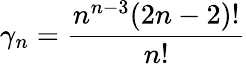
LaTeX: \gamma_{n}=\frac{n^{n-3}(2n-2)!}{n!}